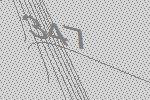
347